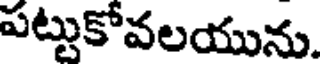
పట్టుకోవలయును.